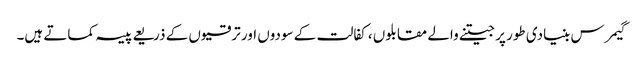
گیمرس بنیادی طور پر جیتنے والے مقابلوں ، کفالت کے سودوں اور ترقیوں کے ذریعے پیسہ کماتے ہیں۔